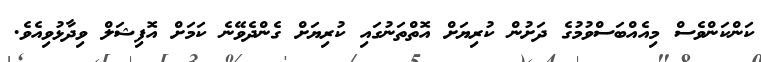
ކަންކަންވެސް މިއެއްބަސްވުމުގެ ދަށުން ކުރިޔަށް އޮތްތަނުގައި ކުރިޔަށް ގެންދެވޭނެ ކަމަށް އޮފިޝަލް ވިދާޅުވިއެވެ.